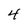
Character: 4